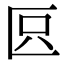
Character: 𠤴